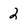
Character: 2